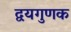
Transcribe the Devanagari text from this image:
द्वयगुणक